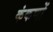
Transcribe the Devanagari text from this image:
कंकणों